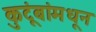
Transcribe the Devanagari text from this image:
कुटूंबांमधून